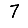
Digit: 7